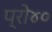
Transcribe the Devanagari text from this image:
प्रो४०